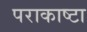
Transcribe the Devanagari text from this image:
पराकाष्टा